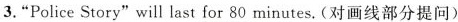
3.“Police Story"will last for 80 minutes.(对画线部分提问)